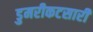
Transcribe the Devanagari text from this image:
डुमरीकटसारी